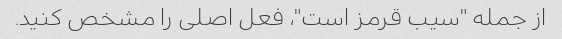
از جمله "سیب قرمز است"، فعل اصلی را مشخص کنید.